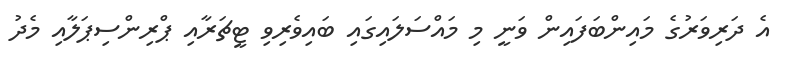
އެ ދަރިވަރުގެ މައިންބަފައިން ވަނީ މި މައްސަލައިގައި ބައިވެރިވި ޓީޗަރާއި ޕްރިންސިޕަލާއި މެދު